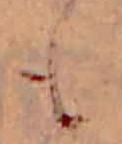
も